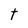
Character: t